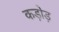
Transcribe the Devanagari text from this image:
कड़ोड़